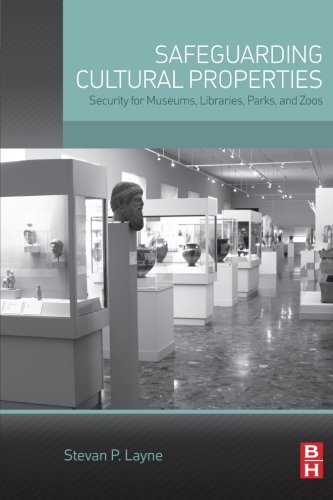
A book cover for Safeguarding Cultural Properties: Security for Museums, Libraries, Parks, and Zoos; Stevan P. Layne; Business & Money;